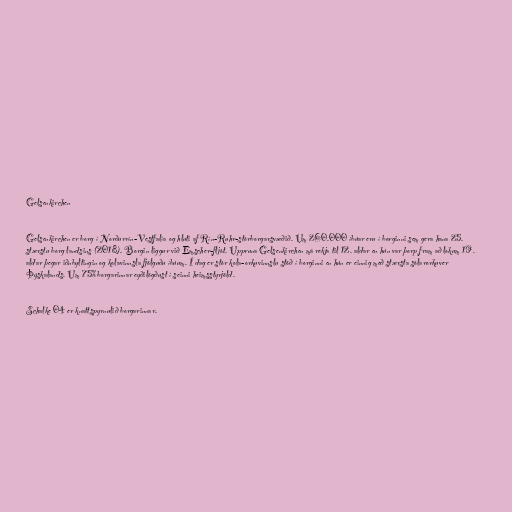
Gelsenkirchen

Gelsenkirchen er borg í Norðurrín-Vestfalía og hluti af Rín-Ruhr-stórborgarsvæðið. Um 260.000 íbúar eru í borginni sem gera hana 25.
stærstu borg landsins (2018). Borgin liggur við Emscher-fljót. Uppruna Gelsenkirchen má rekja til 12. aldar en hún var þorp fram að lokum 19.
aldar þegar iðnbyltingin og kolavinnsla fjölguðu íbúum. Í dag er stór kola-orkuvinnslu stöð í borginni en hún er einnig með stærsta sólarorkuver
Þýskalands. Um 75% borgarinnar eyðilögðust í seinni heimsstyrjöld.

Schalke 04 er knattspyrnulið borgarinnar.